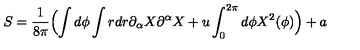
S = \frac { 1 } { 8 \pi } \Bigl ( \int d \phi \int r d r \partial _ { \alpha } X \partial ^ { \alpha } X + u \int _ { 0 } ^ { 2 \pi } d \phi X ^ { 2 } ( \phi ) \Bigr ) + a